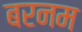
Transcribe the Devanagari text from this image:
बरनम